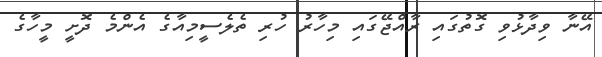
އޭނާ ވިދާޅުވި ގޮތުގައި ރާއްޖޭގައި މިހާރު ހުރި ތެލެސީމިއާގެ އެންމެ ދޮށީ މީހާގެ